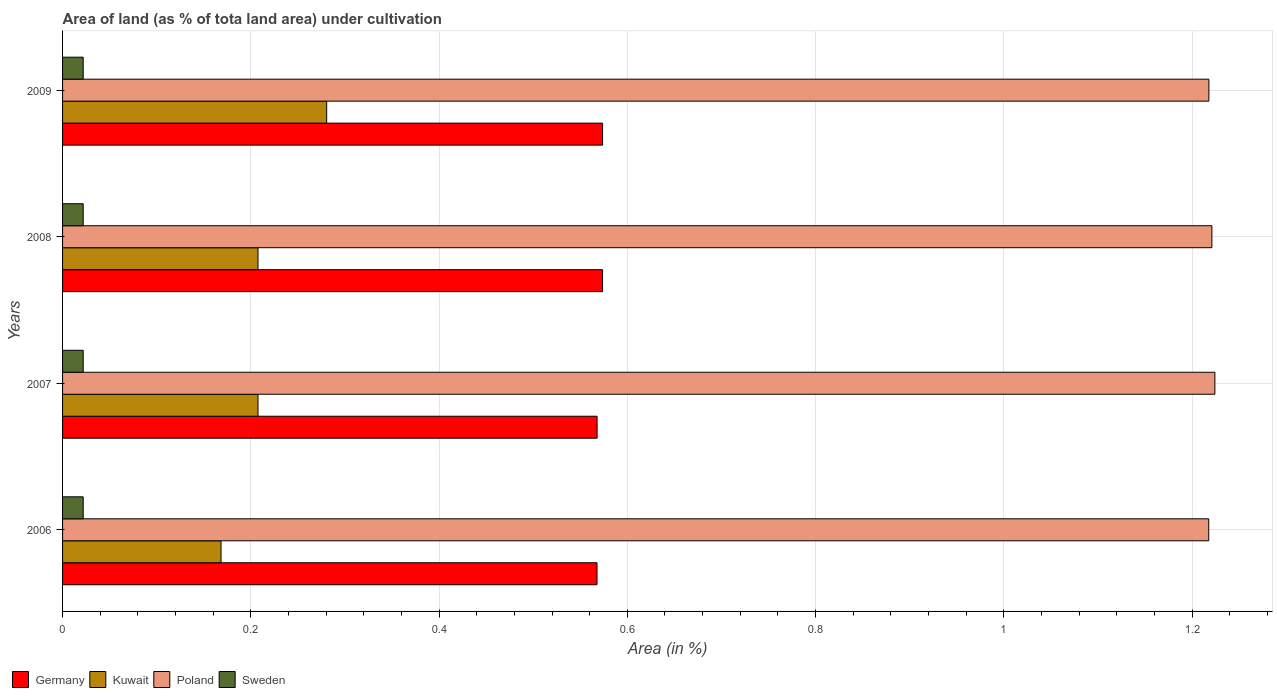
| Years | Germany | Kuwait | Poland | Sweden |
 | --- | --- | --- | --- | --- |
 | 2006 | 0.568 | 0.168 | 1.22 | 0.0219 |
 | 2007 | 0.568 | 0.208 | 1.22 | 0.0219 |
 | 2008 | 0.574 | 0.208 | 1.22 | 0.0219 |
 | 2009 | 0.574 | 0.281 | 1.22 | 0.0219 |